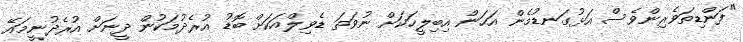
"ފަންޑިތަވެރިންވެސް އަޅުގަނޑުމެން އަހަން އިބިލީހަކަށް ނުވަތަ ޑެވިލްއަކަށް ބޮޑު އުރެދުމަކުން ދީނަށް އުރެދުނީމައޭ